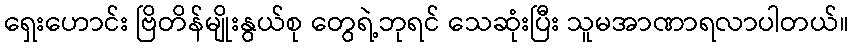
ရှေးဟောင်း ဗြိတိန်မျိုးနွယ်စု တွေရဲ့ဘုရင် သေဆုံးပြီး သူမအာဏာရလာပါတယ်။